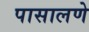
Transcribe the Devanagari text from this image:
पासालणे